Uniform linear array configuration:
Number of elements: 48
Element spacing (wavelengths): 1
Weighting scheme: kaiser
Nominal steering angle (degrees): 0
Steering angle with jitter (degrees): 1.566
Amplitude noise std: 0.05
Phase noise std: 0.05

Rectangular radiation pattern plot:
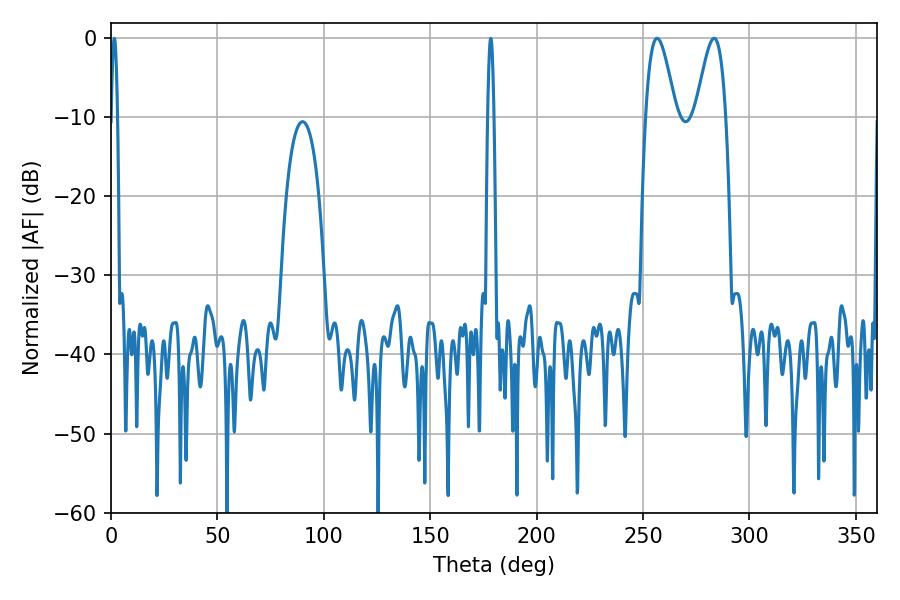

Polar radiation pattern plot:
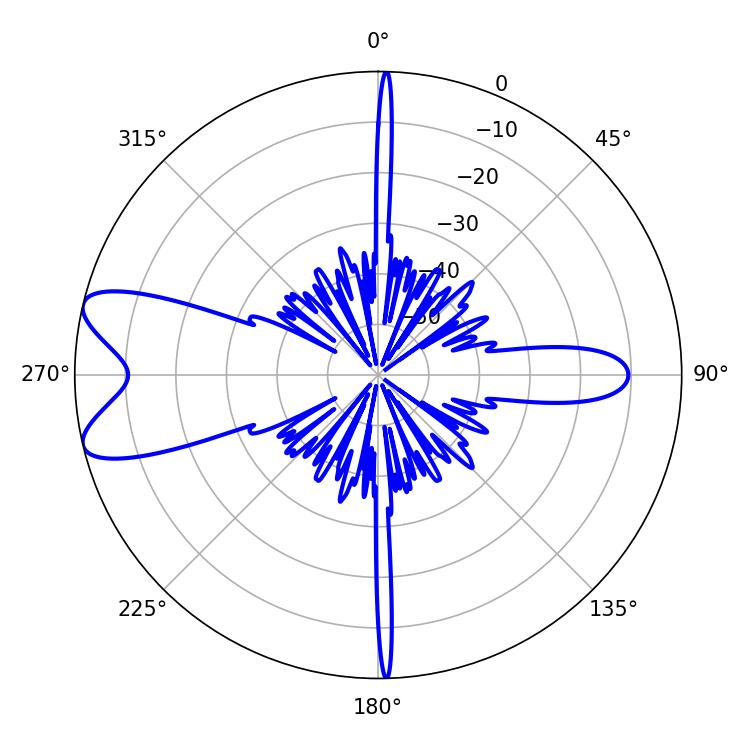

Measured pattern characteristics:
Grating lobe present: TRUE
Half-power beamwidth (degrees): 7.56
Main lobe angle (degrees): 283.32